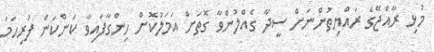
މުޅި ރާއްޖޭގެ ރައްޔިތުންނަށް ސީދާ ގެއްލުންވާ ގޮތަށް އަމަލުކޮށް ހިންގާފައިވާ ކަންކަން ފުރިހަމަ